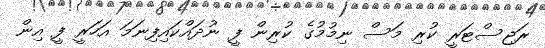
ރަޖިސްޓަރީ ކުރި މަސް ނިމުމުގެ ކުރިން ފީ ނުދައްކައިފިނަމަ އަހަރީ ފީ އިން